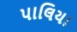
પાલિયા